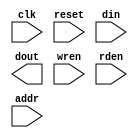
`timescale 1ns / 1ps
//////////////////////////////////////////////////////////////////////////////////
// Company: 
// Engineer: 
// 
// Design Name: 
// Module Name:    timer32bus 
// Project Name: 
// Target Devices: 
// Tool versions: 
// Description: 
//
// Dependencies: 
//
// Revision: 
// Revision 0.01 - File Created
// Additional Comments: 
//
//////////////////////////////////////////////////////////////////////////////////
module timer32bus(clk, reset, din, dout, wren,rden, addr);
input clk, reset, wren,rden;
input [31:0] din;
output [31:0] dout;
input [23:0] addr;    //24 bit address 

//20-bit decode, compare against addr[23:4]
parameter TMR1_RANGE = 20'h9250A;   //20 bit decode
parameter TMR2_RANGE = 20'h3C74D;   //20 bit decode

endmodule